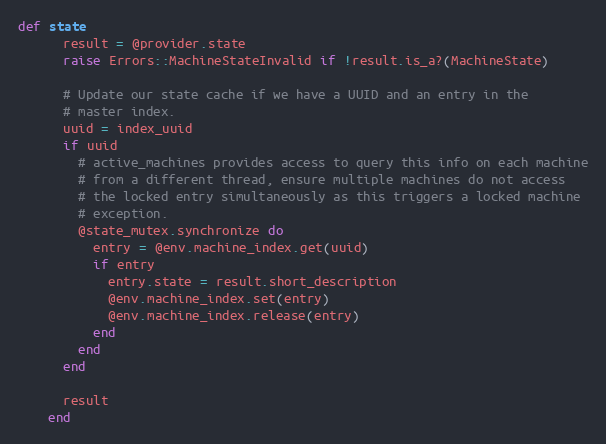
Language: Ruby
def state
      result = @provider.state
      raise Errors::MachineStateInvalid if !result.is_a?(MachineState)

      # Update our state cache if we have a UUID and an entry in the
      # master index.
      uuid = index_uuid
      if uuid
        # active_machines provides access to query this info on each machine
        # from a different thread, ensure multiple machines do not access
        # the locked entry simultaneously as this triggers a locked machine
        # exception.
        @state_mutex.synchronize do
          entry = @env.machine_index.get(uuid)
          if entry
            entry.state = result.short_description
            @env.machine_index.set(entry)
            @env.machine_index.release(entry)
          end
        end
      end

      result
    end